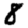
Digit: 8